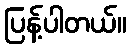
ပြန့်ပါတယ်။